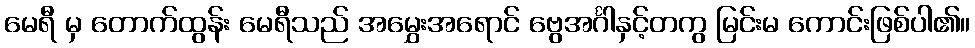
မေရီ မှ တောက်ထွန်း မေရီသည် အမွှေးအရောင် ဗွေအင်္ဂါနှင့်တကွ မြင်းမ ကောင်းဖြစ်ပါ၏။